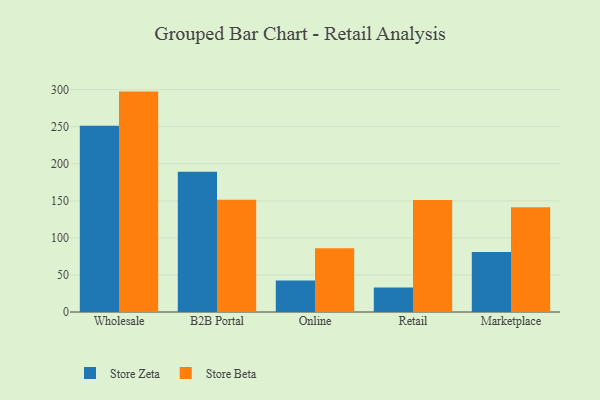
{"axis": {"x": "Channel", "y": "Headcount"}, "legend": ["Store Beta", "Store Zeta"], "data": [{"x": "Wholesale", "y": 251.4, "type": "Store Zeta"}, {"x": "Wholesale", "y": 297.4, "type": "Store Beta"}, {"x": "B2B Portal", "y": 189.1, "type": "Store Zeta"}, {"x": "B2B Portal", "y": 151.6, "type": "Store Beta"}, {"x": "Online", "y": 42.6, "type": "Store Zeta"}, {"x": "Online", "y": 85.9, "type": "Store Beta"}, {"x": "Retail", "y": 33.2, "type": "Store Zeta"}, {"x": "Retail", "y": 151.0, "type": "Store Beta"}, {"x": "Marketplace", "y": 81.0, "type": "Store Zeta"}, {"x": "Marketplace", "y": 141.5, "type": "Store Beta"}]}